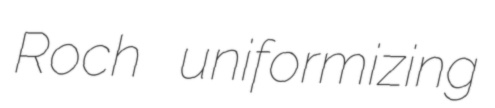
Roch uniformizing